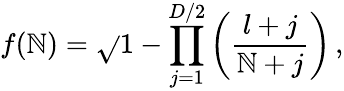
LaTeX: f(\mathbb{N})=\sqrt{}{{1-\prod_{j=1}^{D/2}\left(\frac{{l+j}}{{\mathbb{N}+j}}\right)}}\, ,